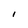
Character: 1